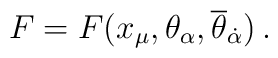
F = F(x_{\mu}, \theta_{\alpha}, {\overline \theta}_{\dot \alpha})	\, .